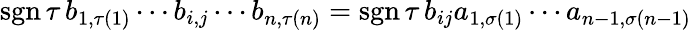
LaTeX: \operatorname{sgn}\tau\, b_{1,\tau(1)}\cdots b_{i,j}\cdots b_{n,\tau(n)}=\operatorname{sgn}\tau\, b_{ij}a_{1,\sigma(1)}\cdots a_{n-1,\sigma(n-1)}